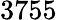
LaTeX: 3755